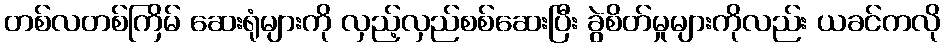
တစ်လတစ်ကြိမ် ဆေးရုံများကို လှည့်လှည်စစ်ဆေးပြီး ခွဲစိတ်မှုများကိုလည်း ယခင်ကလို